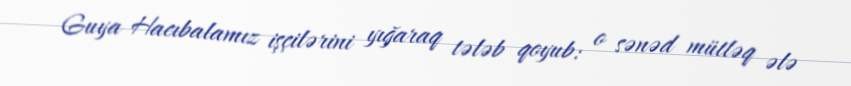
Guya Hacıbalamız işçilərini yığaraq tələb qoyub: o sənəd mütləq ələ